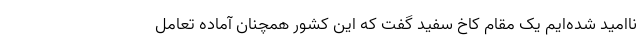
ناامید شده‌ایم یک مقام کاخ سفید گفت که این کشور همچنان آماده تعامل